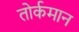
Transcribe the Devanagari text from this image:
तोर्कमान